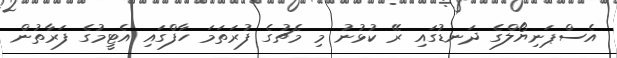
އެސްޕަނިޔޯލްގެ ދަނޑުގައި ރޭ ކުޅުނު މި މެޗުގެ ފުރަތަމަ ހާފްގައި އެޓީމުގެ ފަރާތުން